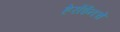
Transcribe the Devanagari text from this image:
हेरॉईनचे